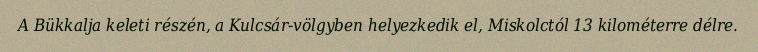
A Bükkalja keleti részén, a Kulcsár-völgyben helyezkedik el, Miskolctól 13 kilométerre délre.